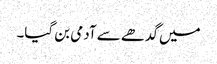
میں گدھے سے آدمی بن گیا۔